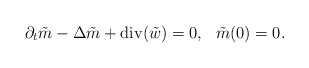
\begin{align*}\partial_t \tilde{m} - \Delta \tilde{m} + \mathrm{div}(\tilde{w}) = 0, ~~ \tilde{m}(0) = 0.\end{align*}